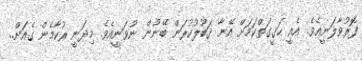
ފޮރުވާލަނީއެވެ. އެއީ ޙަޤީގަތްކަމަށް އޭނާ ޤަބޫލުކުރަން ބޭނުން ނުވަނީއެވެ. މިދަނީ ރުކާމެން ގެއަށް..